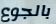
بالجوع